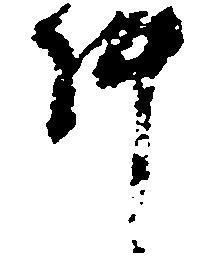
件